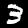
Digit: 3